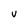
Character: V